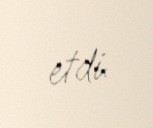
etdi.